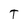
Character: T